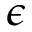
\epsilon